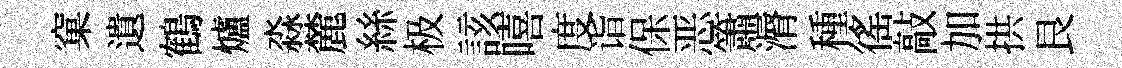
窠遺鶴爐淼麓絲极該嘻度诣保恶簫漘種徭敲加拱艮